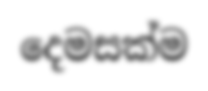
දෙමසක්ම